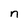
Character: n